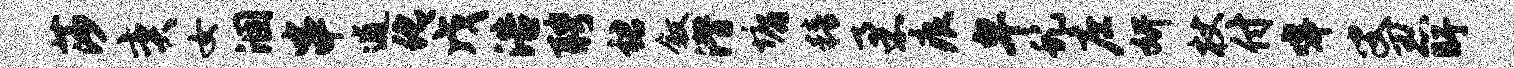
莎奕女涸串逋化戊浩聘裙叙潜墉精柔痕卑虬庄妍杖付嗥叟忍盱